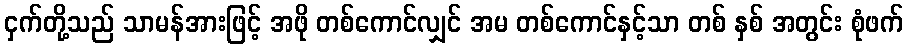
ငှက်တို့သည် သာမန်အားဖြင့် အဖို တစ်ကောင်လျှင် အမ တစ်ကောင်နှင့်သာ တစ် နှစ် အတွင်း စုံဖက်